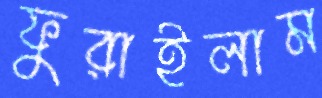
ফুরাইলাম